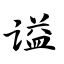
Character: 谥